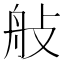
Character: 𦨗